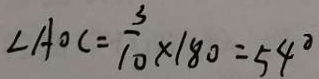
\angle A O C = \frac { 3 } { 1 0 } \times 1 8 0 = 5 4 ^ { \circ }